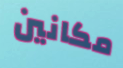
مكانين